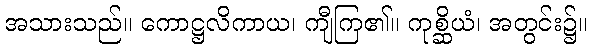
အသားသည်။ ကောဋ္ဌလိကာယ၊ ကျီကြ၏။ ကုစ္ဆိယံ၊ အတွင်း၌။